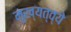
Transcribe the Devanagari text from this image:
मुख्यत्व्ये